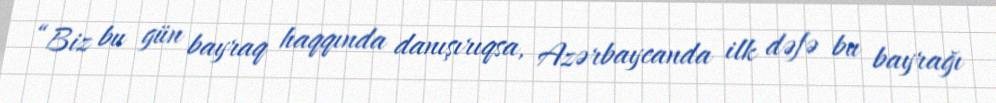
“Biz bu gün bayraq haqqında danışırıqsa, Azərbaycanda ilk dəfə bu bayrağı